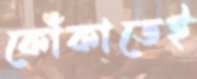
কোঁকাতেই